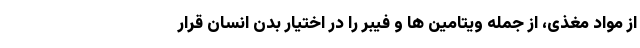
از مواد مغذی، از جمله ویتامین ها و فیبر را در اختیار بدن انسان قرار